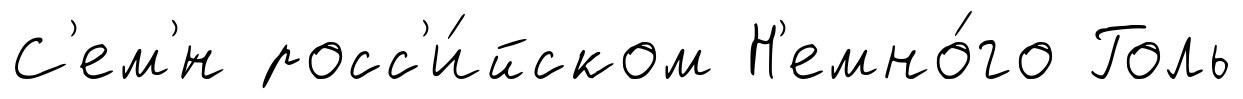
С'ем'́н росс'и́йском Н'емно́го Голь